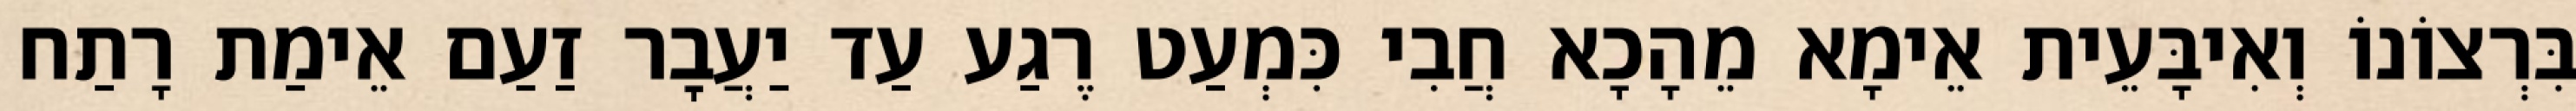
בִּרְצוֹנוֹ וְאִיבָּעֵית אֵימָא מֵהָכָא חֲבִי כִּמְעַט רֶגַע עַד יַעֲבׇר זַעַם אֵימַת רָתַח